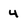
Character: 4